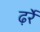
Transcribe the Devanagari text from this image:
ढ़र्रे